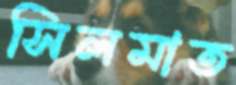
সিলমাত